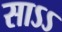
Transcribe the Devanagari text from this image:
साऽऽ